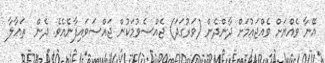
އޭނާ ވެއްޔަށް ވެއްޖައުމަށް ދާންދެން (ވަރުގަދަ) ޖެއްސެވުމަކުން ޖައްސަވައިފާނެއެވެ. ދެން  ތަޢާލާ